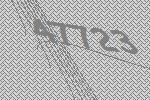
47723